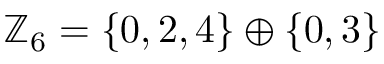
\mathbb { Z } _ { 6 } = \{ 0 , 2 , 4 \} \oplus \{ 0 , 3 \}